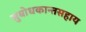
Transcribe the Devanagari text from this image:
सुबोधकान्तसहाय